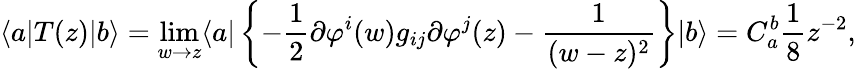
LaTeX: \langle a|T(z)|b\rangle=\operatorname*{lim}_{w\rightarrow z}\langle a|\left\{ -{\frac{1}{2}}\partial\varphi^{i}(w)g_{ij}\partial\varphi^{j}(z)-{\frac{1}{(w-z)^{2}}}\right\} |b\rangle=C_{a}^{b}{\frac{1}{8}}z^{-2},